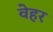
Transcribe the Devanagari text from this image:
वेहर